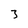
Character: 3